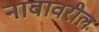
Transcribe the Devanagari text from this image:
नावावरील